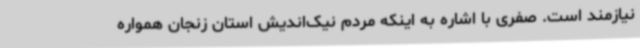
نیازمند است. صفری با اشاره به اینکه مردم نیک‌اندیش استان زنجان همواره